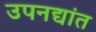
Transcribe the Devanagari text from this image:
उपनद्यांत